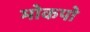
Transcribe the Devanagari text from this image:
मोकपो